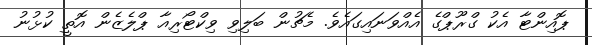
ޕޮއިންޓާ އެކު ގްރޫޕްގެ އެއްވަނައިގައެވެ. މެޗުން ބަލިވި ވިކްޓޯރިއާ ޕްލެޒެން އޮތީ ކުޅުނު